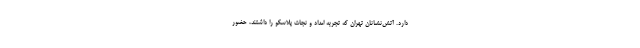
دارد. آتش‌نشانان تهران که تجربه امداد و نجات پلاسکو را داشتند، حضور